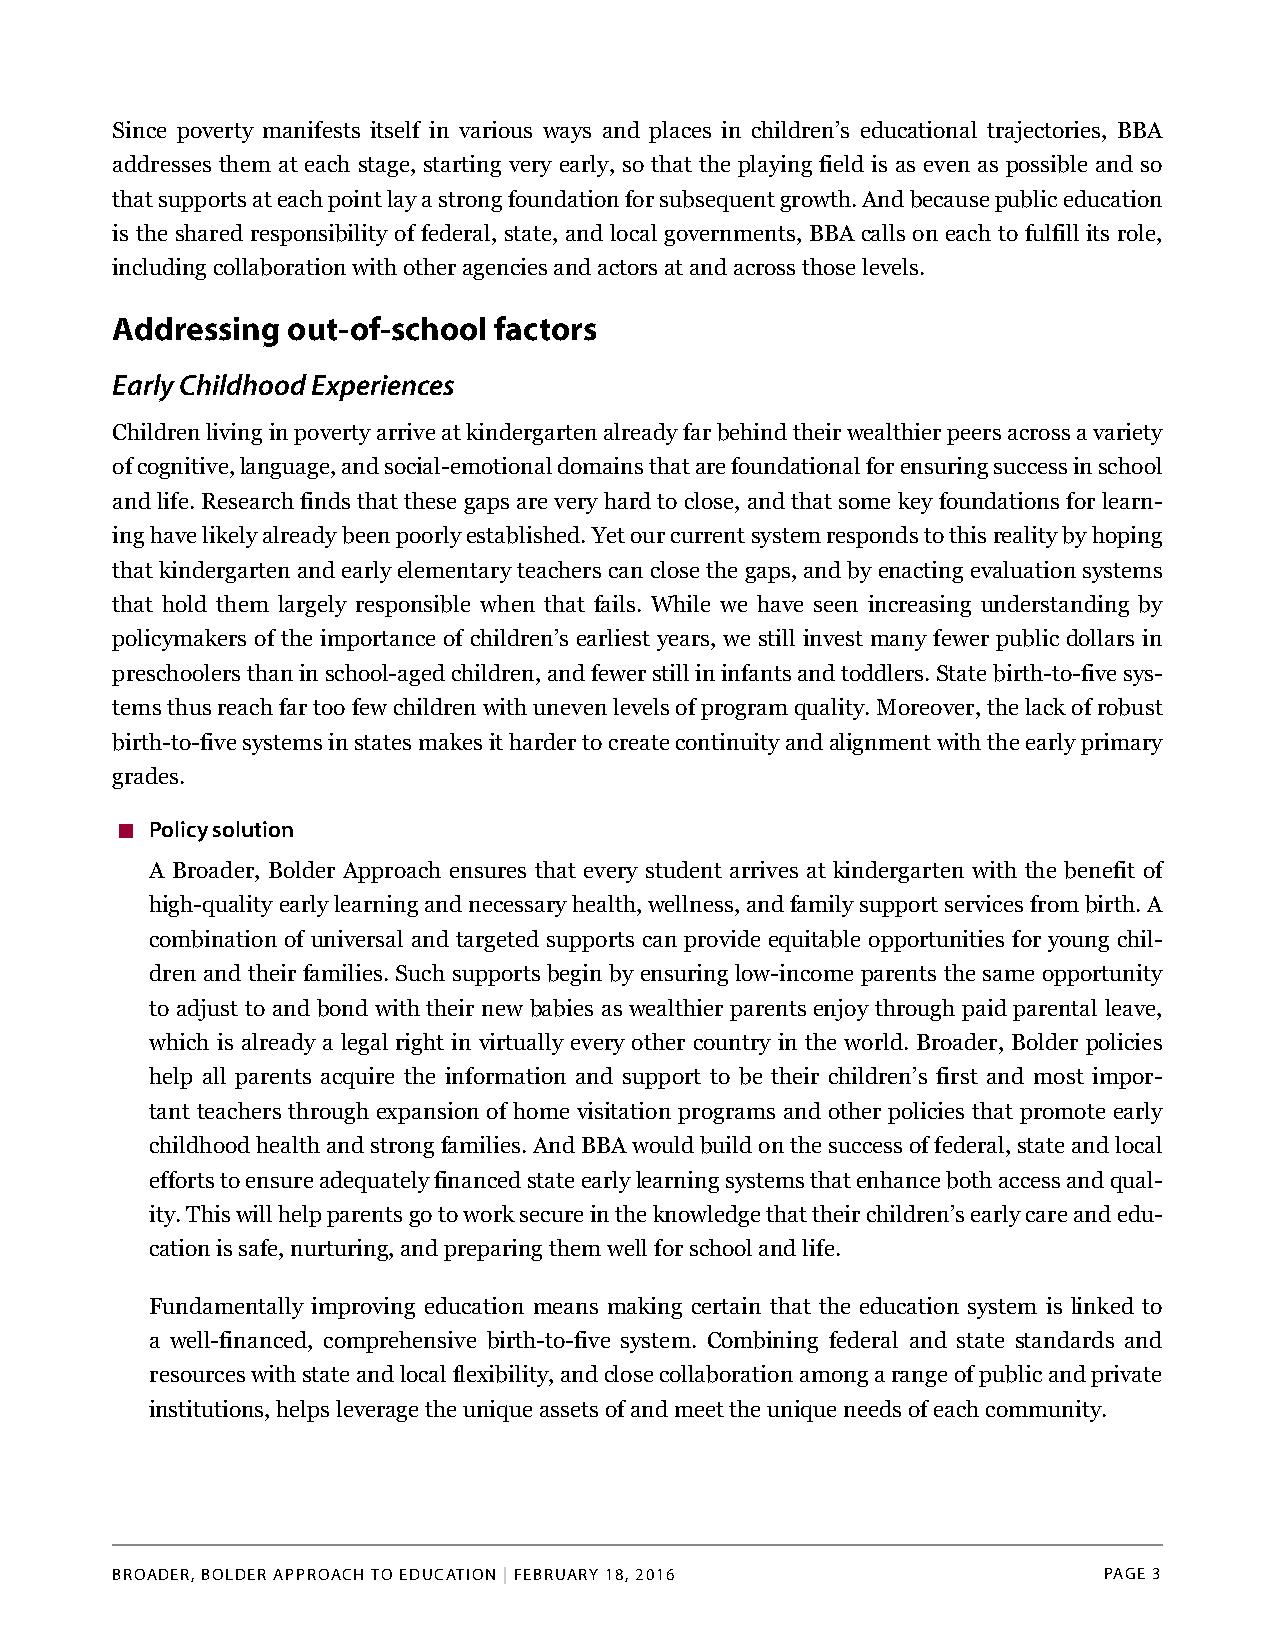
Since poverty manifests itself in various ways and places in children’s educational trajectories, BBA
 addresses them at each stage, starting very early, so that the playing field is as even as possible and so
 thatsupportsateachpointlayastrongfoundationforsubsequentgrowth.Andbecausepubliceducation
 is the shared responsibility of federal, state, and local governments, BBA calls on each to fulfill its role,
 including collaboration with other agencies and actors at and across those levels.
 Addressing  out-of-school factors
 Early Childhood Experiences
 Childrenlivinginpovertyarriveatkindergartenalreadyfarbehindtheirwealthierpeersacrossavariety
 ofcognitive,language,andsocial-emotionaldomainsthatarefoundationalforensuringsuccessinschool
 and life. Research finds that thesegaps are very hard toclose, and that some key foundations forlearn-
 inghavelikelyalreadybeenpoorlyestablished.Yetourcurrentsystemrespondstothisrealitybyhoping
 thatkindergarten andearlyelementary teacherscanclosethegaps,andbyenacting evaluation systems
 that hold them largely responsible when that fails. While we have seen increasing understanding by
 policymakers of the importance of children’s earliest years, we still invest many fewer public dollars in
 preschoolersthaninschool-agedchildren,andfewerstillininfantsandtoddlers.Statebirth-to-fivesys-
 temsthusreachfartoofewchildrenwithunevenlevelsofprogramquality.Moreover,thelackofrobust
 birth-to-fivesystemsinstatesmakesithardertocreatecontinuityandalignmentwiththeearlyprimary
 grades.
 Policy solution
 A Broader, Bolder Approach ensures that every student arrives at kindergarten with the benefit of
 high-qualityearlylearningandnecessaryhealth,wellness,andfamilysupportservicesfrombirth.A
 combination of universal and targeted supports can provide equitable opportunities for young chil-
 dren and their families. Such supports begin by ensuring low-income parents the same opportunity
 to adjust to and bond with their new babies as wealthier parents enjoy through paid parental leave,
 which is already a legal right in virtually every other country in the world. Broader, Bolder policies
 help all parents acquire the information and support to be their children’s first and most impor-
 tant teachers through expansion of home visitation programs and other policies that promote early
 childhoodhealthandstrongfamilies.AndBBAwouldbuildonthesuccessoffederal,stateandlocal
 effortstoensureadequatelyfinancedstateearlylearningsystemsthatenhancebothaccessandqual-
 ity.Thiswillhelpparentsgotoworksecureintheknowledgethattheirchildren’searlycareandedu-
 cation is safe, nurturing, and preparing them well for school and life.
 Fundamentally improving education means making certain that the education system is linked to
 a well-financed, comprehensive birth-to-five system. Combining federal and state standards and
 resourceswithstateandlocalflexibility,andclosecollaborationamongarangeofpublicandprivate
 institutions, helps leverage the unique assets of and meet the unique needs of each community.
 BROADER, BOLDER APPROACH TO EDUCATION | FEBRUARY 18, 2016         PAGE 3